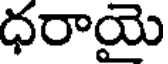
ధరాయై